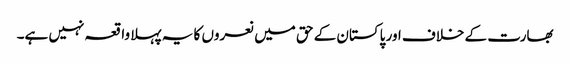
بھارت کے خلاف اور پاکستان کے حق میں نعروں کا یہ پہلا واقعہ نہیں ہے۔